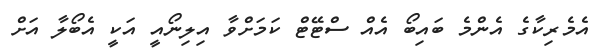
އެމެރިކާގެ އެންމެ ބައިބޯ އެއް ސްޓޭޓް ކަމަށްވާ އިލިނޯއީ އަކީ އެބޯލާ އަށް